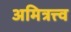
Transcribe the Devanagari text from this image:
अमित्रत्त्व